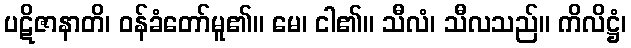
ပဋိဇာနာတိ၊ ဝန်ခံတော်မူ၏။ မေ၊ ငါ၏။ သီလံ၊ သီလသည်။ ကိလိဋ္ဌံ၊